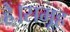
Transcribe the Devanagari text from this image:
हैं।समूह